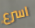
اسرع